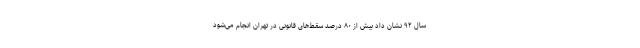
سال ۹۲ نشان داد بیش از ۸۰ درصد سقط‌های قانونی در تهران انجام می‌شود